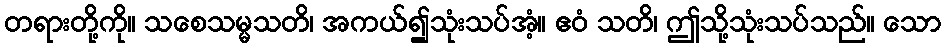
တရားတို့ကို။ သစေသမ္မသတိ၊ အကယ်၍သုံးသပ်အံ့။ ဧဝံ သတိ၊ ဤသို့သုံးသပ်သည်။ သော